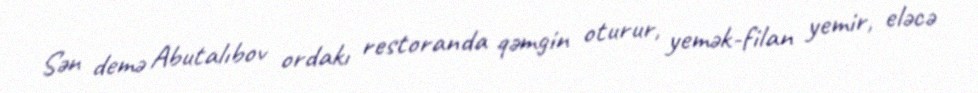
Sən demə Abutalıbov ordakı restoranda qəmgin oturur, yemək-filan yemir, eləcə